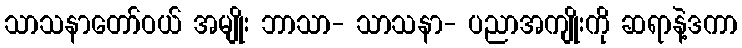
သာသနာတော်ဝယ် အမျိုး ဘာသာ- သာသနာ- ပညာအကျိုးကို ဆရာနဲ့ဒကာ